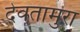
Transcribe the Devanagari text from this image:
देवतामुरा